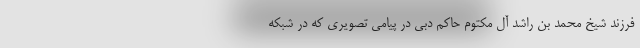
فرزند شیخ محمد بن راشد آل مکتوم حاکم دبی در پیامی تصویری که در شبکه